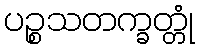
ပဉ္စသတက္ခတ္တုံ